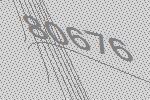
80676